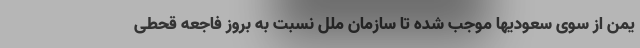
یمن از سوی سعودیها موجب شده تا سازمان ملل نسبت به بروز فاجعه قحطی